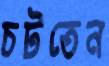
চটতেন